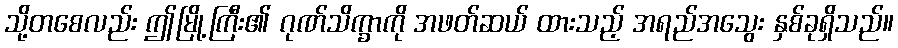
သို့တစေလည်း ဤမြို့ကြီး၏ ဂုဏ်သိက္ခာကို အဖတ်ဆယ် ထားသည့် အရည်အသွေး နှစ်ခုရှိသည်။